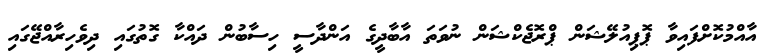
އާއްމުކޮށްފައިވާ ޕޮޕިއުލޭޝަން ޕްރޮޖެކްޝަން ނުވަތަ އާބާދީގެ އަންދާސީ ހިސާބުން ދައްކާ ގޮތުގައި ދިވެހިރާއްޖޭގައި